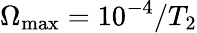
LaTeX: \Omega_{\textrm{max}}=10^{-4}/T_{2}